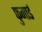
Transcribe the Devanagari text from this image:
फुगार्ड